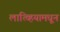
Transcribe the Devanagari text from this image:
लात्व्हियामधून